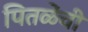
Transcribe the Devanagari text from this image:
पितळेंची